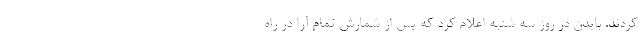
کردند. بایدن در روز سه شنبه اعلام کرد که پس از شمارش تمام آرا در راه